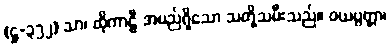
(ဋ္ဌ-၃၅၂) သာ၊ ထိုကာဠီ အမည်ရှိသော သတို့သမီးသည်။ ဝယပ္ပတ္တာ၊